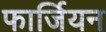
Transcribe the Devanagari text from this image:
फार्जियन